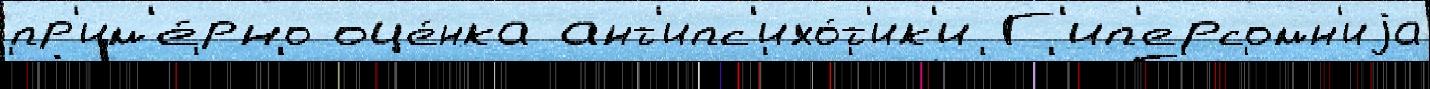
пр'им'е́рно оце́нка ант'ипс'ихо́т'ик'и Г'ип'ерсомн'иjа